Civil Veterinary Dept. North-West Frontier Province 1933-46 - 1933-1946
Year: 1933
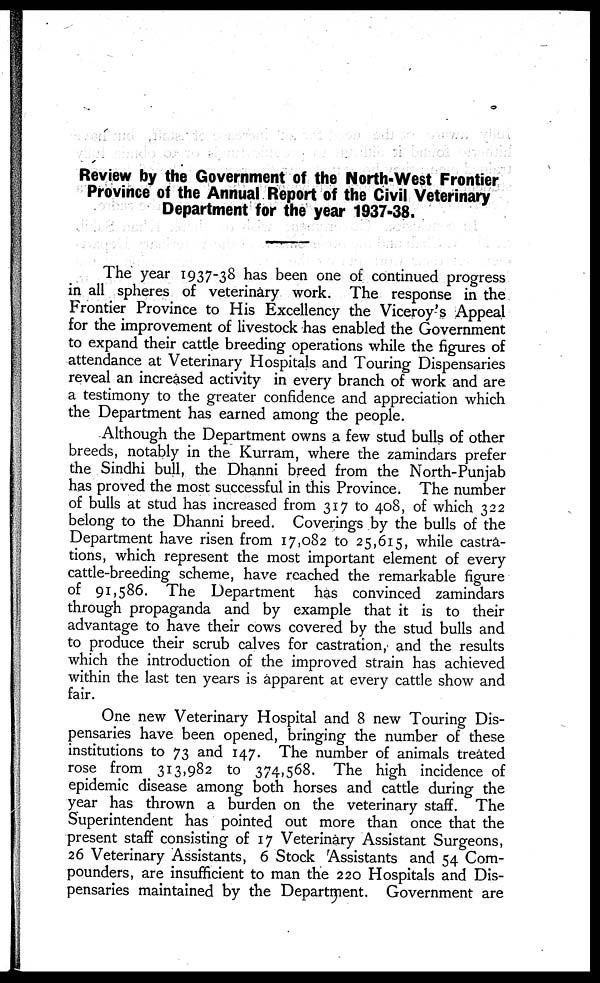
Review by the Government of the North-West Frontier
Province of the Annual Report of the Civil Veterinary
Department for the year 1937-38.
The year 1937-38 has been one of continued progress
in all spheres of veterinary work. The response in the
Frontier Province to His Excellency the Viceroy's Appeal
for the improvement of livestock has enabled the Government
to expand their cattle breeding operations while the figures of
attendance at Veterinary Hospitals and Touring Dispensaries
reveal an increased activity in every branch of work and are
a testimony to the greater confidence and appreciation which
the Department has earned among the people.
Although the Department owns a few stud bulls of other
breeds, notably in the Kurram, where the zamindars prefer
the Sindhi bull, the Dhanni breed from the North-Punjab
has proved the most successful in this Province. The number
of bulls at stud has increased from 317 to 408, of which 322
belong to the Dhanni breed. Coverings by the bulls of the
Department have risen from 17,082 to 25,615, while castra-
tions, which represent the most important element of every
cattle-breeding scheme, have reached the remarkable figure
of 91,586. The Department has convinced zamindars
through propaganda and by example that it is to their
advantage to have their cows covered by the stud bulls and
to produce their scrub calves for castration, and the results
which the introduction of the improved strain has achieved
within the last ten years is apparent at every cattle show and
fair.
One new Veterinary Hospital and 8 new Touring Dis-
pensaries have been opened, bringing the number of these
institutions to 73 and 147. The number of animals treated
rose from 313,982 to 374,568. The high incidence of
epidemic disease among both horses and cattle during the
year has thrown a burden on the veterinary staff. The
Superintendent has pointed out more than once that the
present staff consisting of 17 Veterinary Assistant Surgeons,
26 Veterinary Assistants, 6 Stock Assistants and 54 Com-
pounders, are insufficient to man the 220 Hospitals and Dis-
pensaries maintained by the Department. Government are